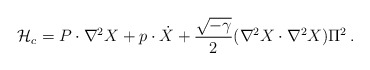
\begin{align*}{\cal H}_c =P \cdot \nabla^2 X + p \cdot \dot{X} + {\sqrt{-\gamma}\over 2 } (\nabla^2 X \cdot \nabla^2 X ) \Pi^2 \,.\end{align*}